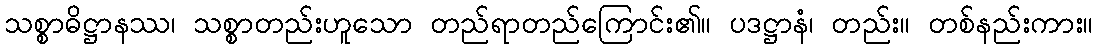
သစ္စာဓိဋ္ဌာနဿ၊ သစ္စာတည်းဟူသော တည်ရာတည်ကြောင်း၏။ ပဒဋ္ဌာနံ၊ တည်း။ တစ်နည်းကား။